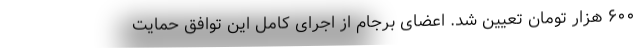
۶۰۰ هزار تومان تعیین شد. اعضای برجام از اجرای کامل این توافق حمایت